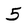
Character: 5